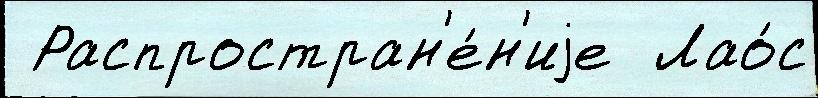
 Распростран'е́н'иjе  Лао́с